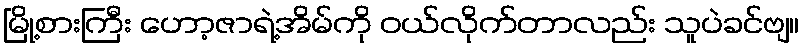
မြို့စားကြီး ဟော့ဇာရဲ့အိမ်ကို ဝယ်လိုက်တာလည်း သူပဲခင်ဗျ။